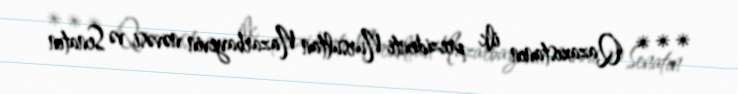
*** Qazaxıstanın ilk prezidenti Nursultan Nazarbayevin nəvəsi və Senatın